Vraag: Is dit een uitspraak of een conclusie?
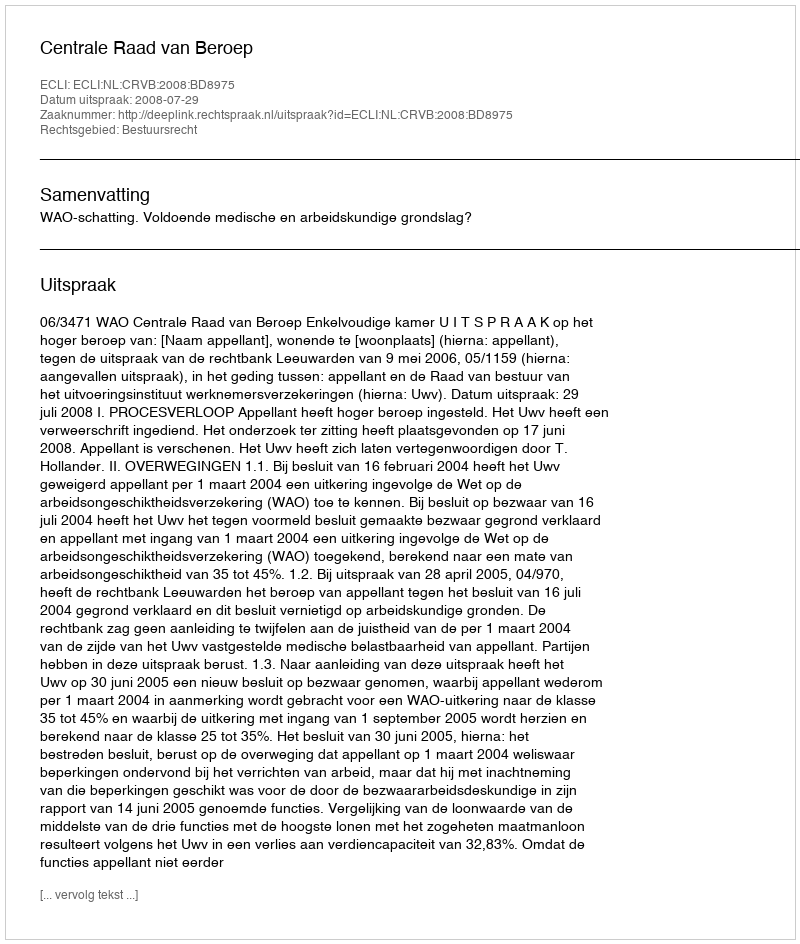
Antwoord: Uitspraak